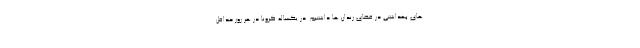
های بهداشتی در فضای زندان ها داشتیم. در یکساله کرونا در هر روز حداقل